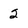
Character: 2